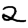
Digit: 2